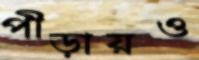
পীড়ায়ও